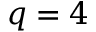
q = 4